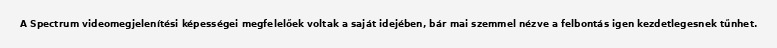
A Spectrum videomegjelenítési képességei megfelelőek voltak a saját idejében, bár mai szemmel nézve a felbontás igen kezdetlegesnek tűnhet.